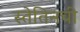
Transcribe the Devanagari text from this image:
स्तेतिनची